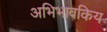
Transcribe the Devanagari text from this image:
अभिभावकिय